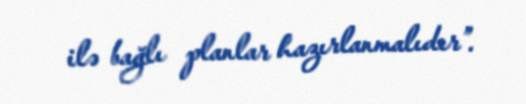
ilə bağlı planlar hazırlanmalıdır”.